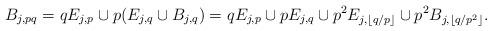
LaTeX: \begin{align*} B_{j,pq} = qE_{j,p} \cup p(E_{j,q} \cup B_{j,q}) = qE_{j,p} \cup pE_{j,q} \cup p^2 E_{j,\lfloor q/p \rfloor} \cup p^2 B_{j,\lfloor q/p^2 \rfloor} .\end{align*}